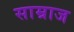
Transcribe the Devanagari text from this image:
साम्राज